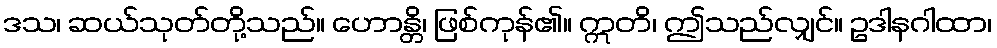
ဒသ၊ ဆယ်သုတ်တို့သည်။ ဟောန္တိ၊ ဖြစ်ကုန်၏။ ဣတိ၊ ဤသည်လျှင်။ ဥဒါနဂါထာ၊